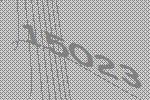
15023